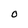
Character: 0